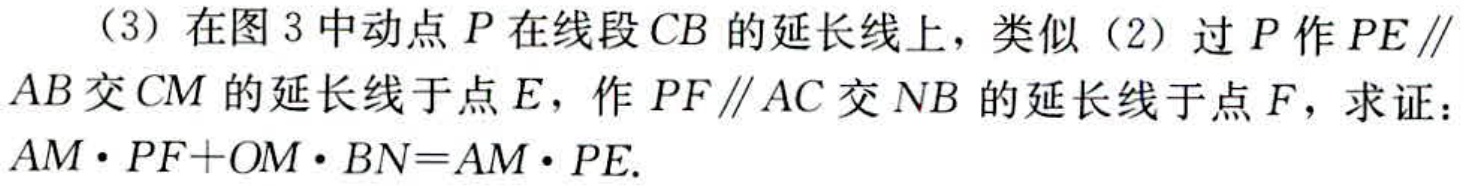
（3）在图 3 中动点 \(P\) 在线段 \(CB\) 的延长线上，类似（2）过 \(P\) 作 \(PE\parallel AB\) 交 \(CM\) 的延长线于点 \(E\)，作 \(PF\parallel AC\) 交 \(NB\) 的延长线于点 \(F\)，求证：\(AM\cdot PF + OM\cdot BN=AM\cdot PE\)。